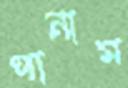
পানাম